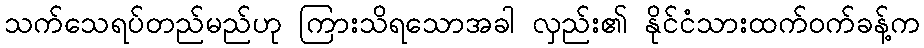
သက်သေရပ်တည်မည်ဟု ကြားသိရသောအခါ လှည်း၏ နိုင်ငံသားထက်ဝက်ခန့်က